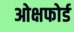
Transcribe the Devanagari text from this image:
ओक्षफोर्ड